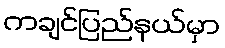
ကချင်ပြည်နယ်မှာ